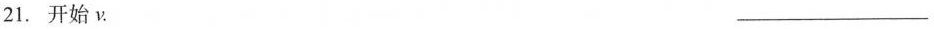
21.开始ν. ___